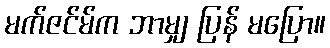
မက်ဇင်မ်က ဘာမျှ ပြန် မပြော။